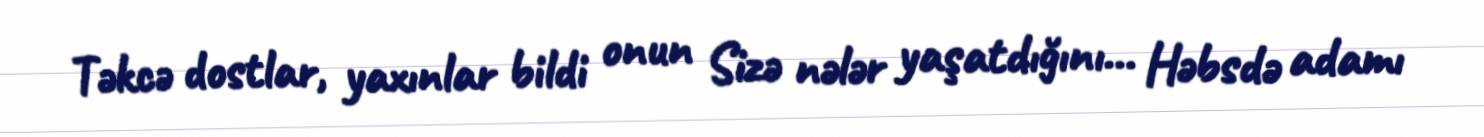
Təkcə dostlar, yaxınlar bildi onun Sizə nələr yaşatdığını... Həbsdə adamı